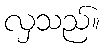
လှသည်။